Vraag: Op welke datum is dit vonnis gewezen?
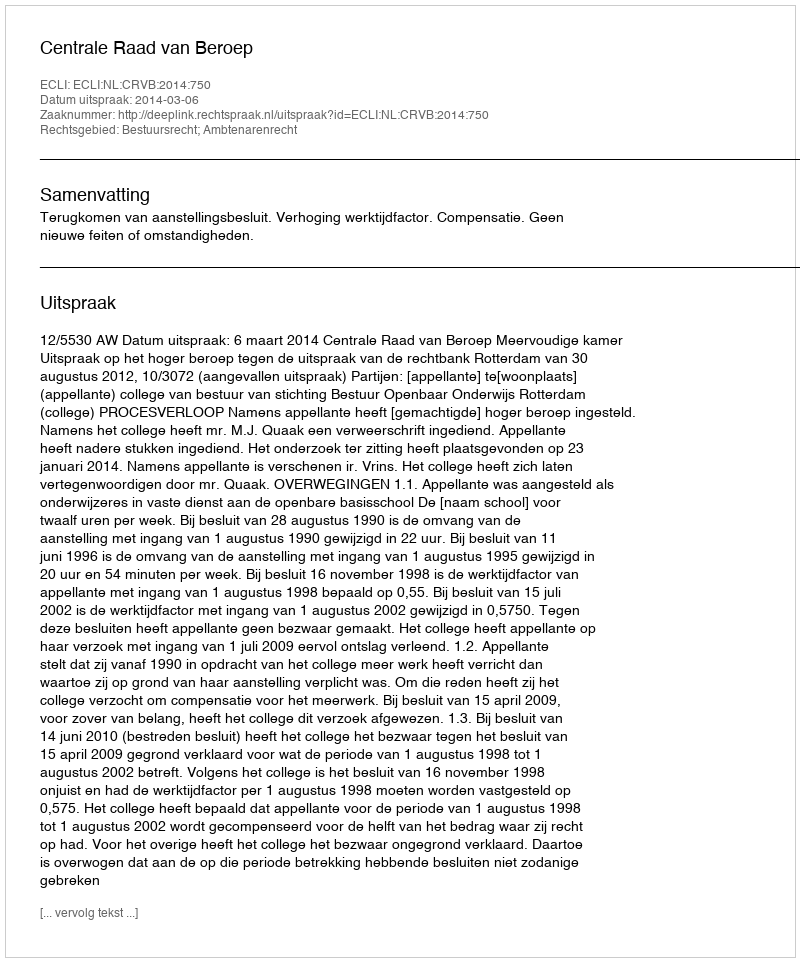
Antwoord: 2014-03-06